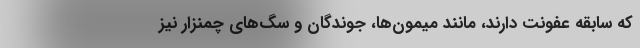
که سابقه عفونت دارند، مانند میمون‌ها، جوندگان و سگ‌های چمنزار نیز